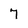
Character: 7